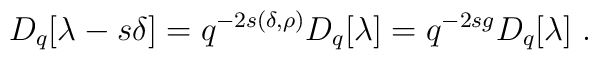
D_q[\lambda-s\delta]=q^{-2s(\delta,\rho)}D_q[\lambda]=q^{-2sg}D_q[\lambda]\;.